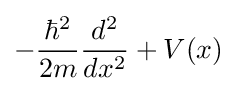
-{\frac {\hbar ^{2}}{2m}}{\frac {d^{2}}{dx^{2}}}+V(x)